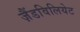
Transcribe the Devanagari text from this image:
ज़ैंडविलियेट